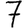
Digit: 7